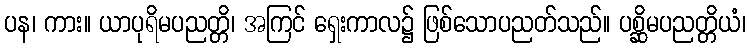
ပန၊ ကား။ ယာပုရိမပညတ္တိ၊ အကြင် ရှေးကာလ၌ ဖြစ်သောပညတ်သည်။ ပစ္ဆိမပညတ္တိယံ၊